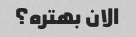
الان بهتره؟